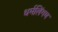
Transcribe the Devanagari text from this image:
धर्मलिंगम